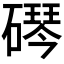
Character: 𬒠